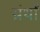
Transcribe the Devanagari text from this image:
ग्रंथोँ